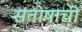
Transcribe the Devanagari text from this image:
संतोषाची